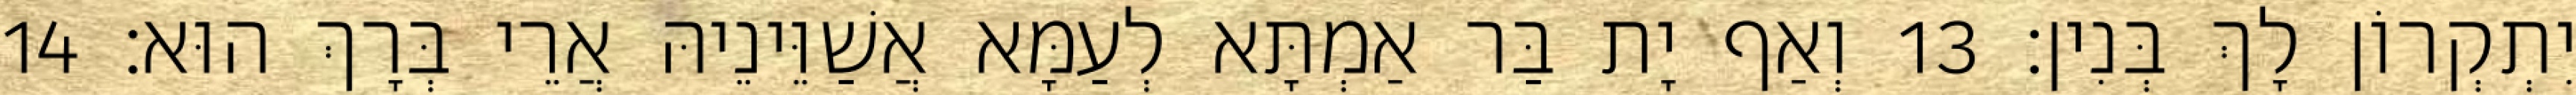
יִתְקְרוֹן לָךְ בְּנִין׃ 13 וְאַף יָת בַּר אַמְתָּא לְעַמָּא אֲשַׁוֵּינֵיהּ אֲרֵי בְּרָךְ הוּא׃ 14